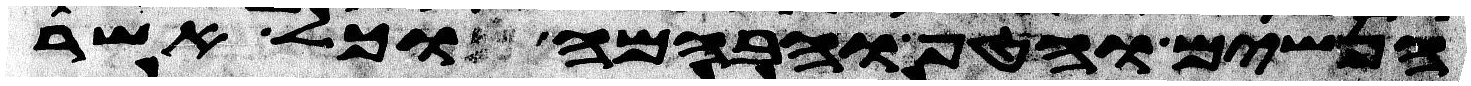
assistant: הנשים והטף והבהמה וכל אשר